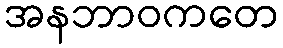
အနဘာဝကတေ